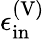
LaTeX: \epsilon_{\mathrm{in}}^{\mathrm{(V)}}